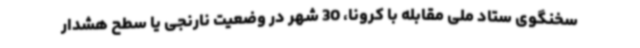
سخنگوی ستاد ملی مقابله با کرونا، 30 شهر در وضعیت نارنجی یا سطح هشدار